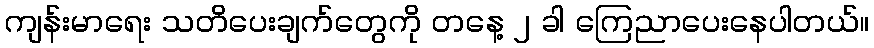
ကျန်းမာရေး သတိပေးချက်တွေကို တနေ့ ၂ ခါ ကြေညာပေးနေပါတယ်။